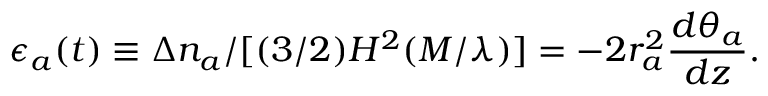
\epsilon _ { a } ( t ) \equiv \Delta n _ { a } / [ ( 3 / 2 ) H ^ { 2 } ( M / \lambda ) ] = - 2 r _ { a } ^ { 2 } \frac { d \theta _ { a } } { d z } .